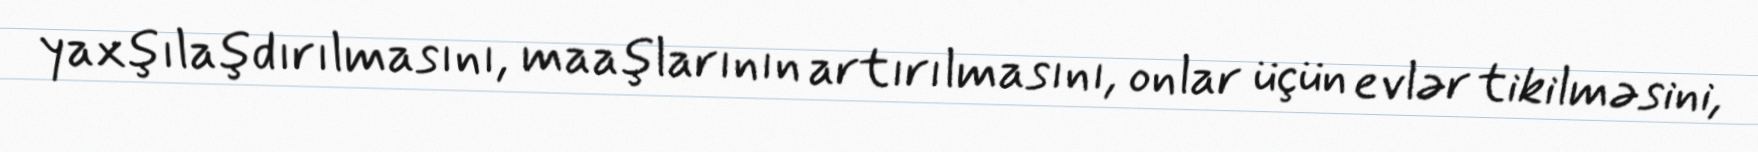
yaxşılaşdırılmasını, maaşlarının artırılmasını, onlar üçün evlər tikilməsini,